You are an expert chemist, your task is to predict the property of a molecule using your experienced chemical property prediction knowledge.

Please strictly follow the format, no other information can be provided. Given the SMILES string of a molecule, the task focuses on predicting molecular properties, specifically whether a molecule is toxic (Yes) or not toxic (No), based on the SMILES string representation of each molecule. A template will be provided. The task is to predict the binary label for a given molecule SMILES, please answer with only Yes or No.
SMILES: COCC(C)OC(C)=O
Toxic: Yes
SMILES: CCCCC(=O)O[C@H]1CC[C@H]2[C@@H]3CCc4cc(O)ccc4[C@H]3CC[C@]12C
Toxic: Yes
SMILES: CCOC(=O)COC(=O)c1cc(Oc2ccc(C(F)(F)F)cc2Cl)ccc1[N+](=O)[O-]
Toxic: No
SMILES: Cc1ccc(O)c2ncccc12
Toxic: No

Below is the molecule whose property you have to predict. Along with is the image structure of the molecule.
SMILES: CCCOC(OCCC)OCCC
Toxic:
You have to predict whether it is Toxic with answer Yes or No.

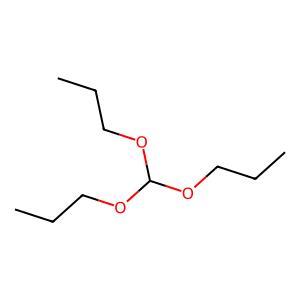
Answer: No